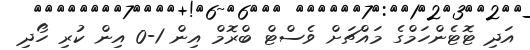
އަދި ޓޮޓެންހަމްގެ މައްޗަށް ވެސްޓް ބްރޮމް އިން 1-0 އިން ކުރި ހޯދި